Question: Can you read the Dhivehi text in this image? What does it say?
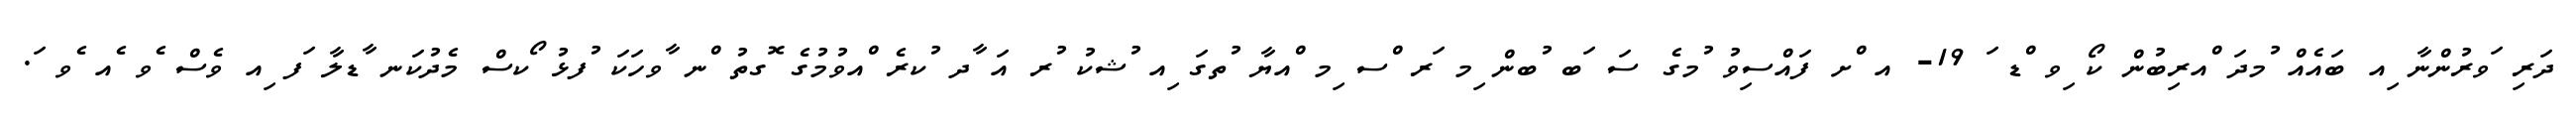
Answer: ދަރި ަވރުންނާ ިއ ބައެއް ުމދަ ްއރިބުން ކޯ ިވ ްޑ ަ 19- އ ްށ ފައްސިވު ުމގެ ސަ ަބ ުބން ިމ ަރ ްސ ިމ ްއޔާ ުތގަ ިއ ުޝކު ުރ އަ ާދ ުކރެ ްއވުމުގެ ޮގތު ްނ ާވހަކަ ުފޅު ޯކސް މެދުކަނ ާޑލާ ަފ ިއ ވެސް ެވ ެއ ެވ ަ.